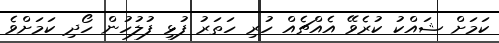
ކަަމަށް ޝައްކު ކުރެވޭ އެއްޗެއް ހުރި ހަތަރު ފުޅި ފުލުހުން ހޯދި ކަމަށްވެ